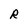
Character: R